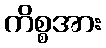
ကိစ္စအား